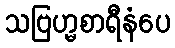
သဗြဟ္မစာရီနံပေ